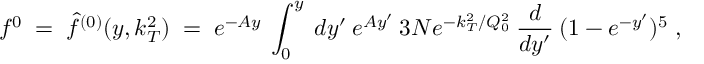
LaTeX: f ^ { 0 } \; = \; \hat { f } ^ { ( 0 ) } ( y , k _ { T } ^ { 2 } ) \; = \; e ^ { - A y } \: \int _ { 0 } ^ { y } \: d y ^ { \prime } \: e ^ { A y ^ { \prime } } \: 3 N e ^ { - k _ { T } ^ { 2 } / Q _ { 0 } ^ { 2 } } \: \frac { d } { d y ^ { \prime } } \: ( 1 - e ^ { - y ^ { \prime } } ) ^ { 5 } \; ,